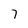
Character: 7